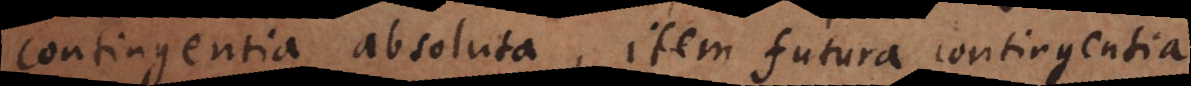
contingentia absoluta, item futura contingentia